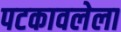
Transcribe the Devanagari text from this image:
पटकावलेला